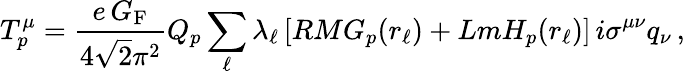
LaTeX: T_{p}^{\mu}=\frac{e\, G_{\mathrm{F}}}{4\sqrt{2}\pi^{2}}Q_{p}\sum_{\ell}\lambda_{\ell}\, [RMG_{p}(r_{\ell})+LmH_{p}(r_{\ell})]\, i\sigma^{\mu\nu}q_{\nu}\, ,